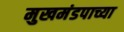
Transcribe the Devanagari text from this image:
मुखमंडपाच्या